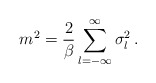
\begin{align*}m^2 = \frac{2}{\beta} \sum_{l=-\infty}^{\infty} \sigma_{l}^{2}\,.\end{align*}